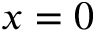
x = 0